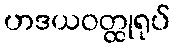
ဟဒယဝတ္ထုရုပ်